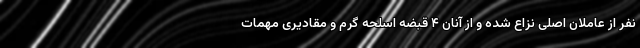
نفر از عاملان اصلی نزاع شده و از آنان ۴ قبضه اسلحه گرم و مقادیری مهمات